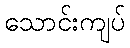
သောင်းကျပ်